Indian journal of veterinary science and animal husbandry - Volume 3,
Year: 1933
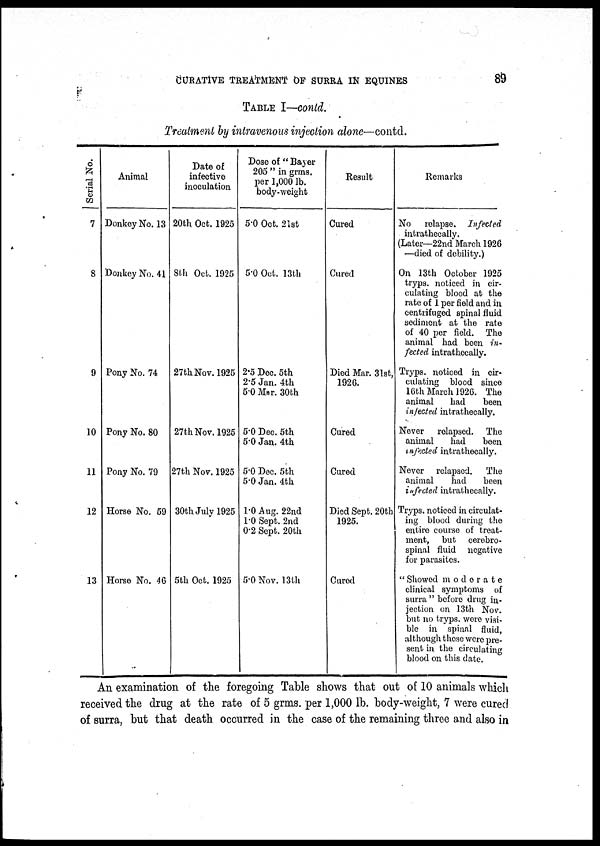
CURATIVE TREATMENT OF SURRA IN EQUINES
89
TABLE I—contd.
Treatment by intravenous injection alone—contd.
Serial No.
7
8
9
10
11
12
13
Animal
Donkey No. 13
Donkey No. 41
Pony No. 74
Pony No. 80
Pony No. 79
Horse No, 59
Horse No. 46
Date of
infective
inoculation
20th Oct. 1925
8th Oct. 1925
27th Nov. 1925
27th Nov. 1925
27th Nov. 1925
30th July 1925
5th Oct. 1925
Dose of " Bayer
205 " in grms.
per 1,000 lb.
body-weight
5.0 Oct. 21st
5.0 Oct. 13th
2.5 Dec. 5th
2.5 Jan. 4th
5.0 Mar. 30th
5.0 Dec. 5th
5.0 Jan. 4th
5.0 Dec. 5th
5.0 Jan. 4th
1.0 Aug. 22nd
1.0 Sept. 2nd
0.2 Sept. 20th
5.0 Nov. 13th
Result
Cured
Cured
Died Mar. 31st,
1926.
Cured
Cured
Died Sept. 20th
1925.
Cured
Remarks
No
relapse.
Infected
intrathecally.
(Later—22nd March 1926
—died of debility.)
On 13th October 1925
tryps. noticed in cir-
culating blood at the
rate of 1 per field and in
centrifuged spinal fluid
sediment at the rate
of 40 per field. The
animal had been in-
fected intrathecally.
Tryps. noticed in cir¬
culating blood since
16th March 1926. The
animal
had
been
infected intrathecally.
Never
relapsed. The
animal
had
been
infected intrathecally.
Never relapsed.
The
animal
had
been
infected intrathecally.
Tryps. noticed in circulat-
ing blood during the
entire course of treat-
ment, but cerebro-
spinal fluid negative
for parasites.
" Showed moderate
clinical symptoms of
surra " before drug in-
jection on 13th Nov.
but no tryps. were visi-
ble in spinal fluid,
although those were pre-
sent in the circulating
blood on this date.
An examination of the foregoing Table shows that out of 10 animals which
received the drug at the rate of 5 grms. per 1,000 lb. body-weight, 7 were cured
of surra, but that death occurred in the case of the remaining three and also in